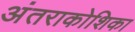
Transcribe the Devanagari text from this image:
अंतराकोशिका